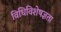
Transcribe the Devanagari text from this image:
विधिविशेषज्ञता